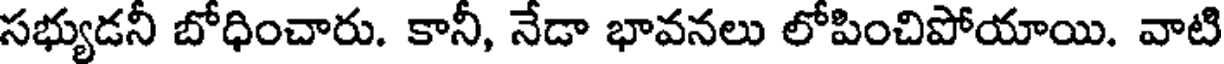
సభ్యుడనీ బోధించారు. కానీ, నేడా భావనలు లోపించిపోయాయి. వాటి